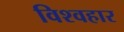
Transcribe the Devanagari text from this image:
विश्वहार